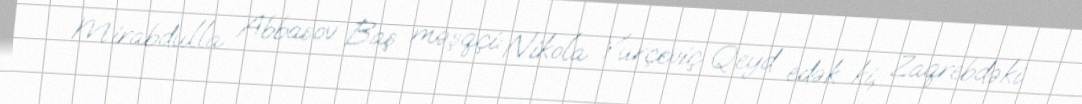
Mirabdulla Abbasov Baş məşqçi: Nikola Yurçeviç Qeyd edək ki, Zaqrebdəki